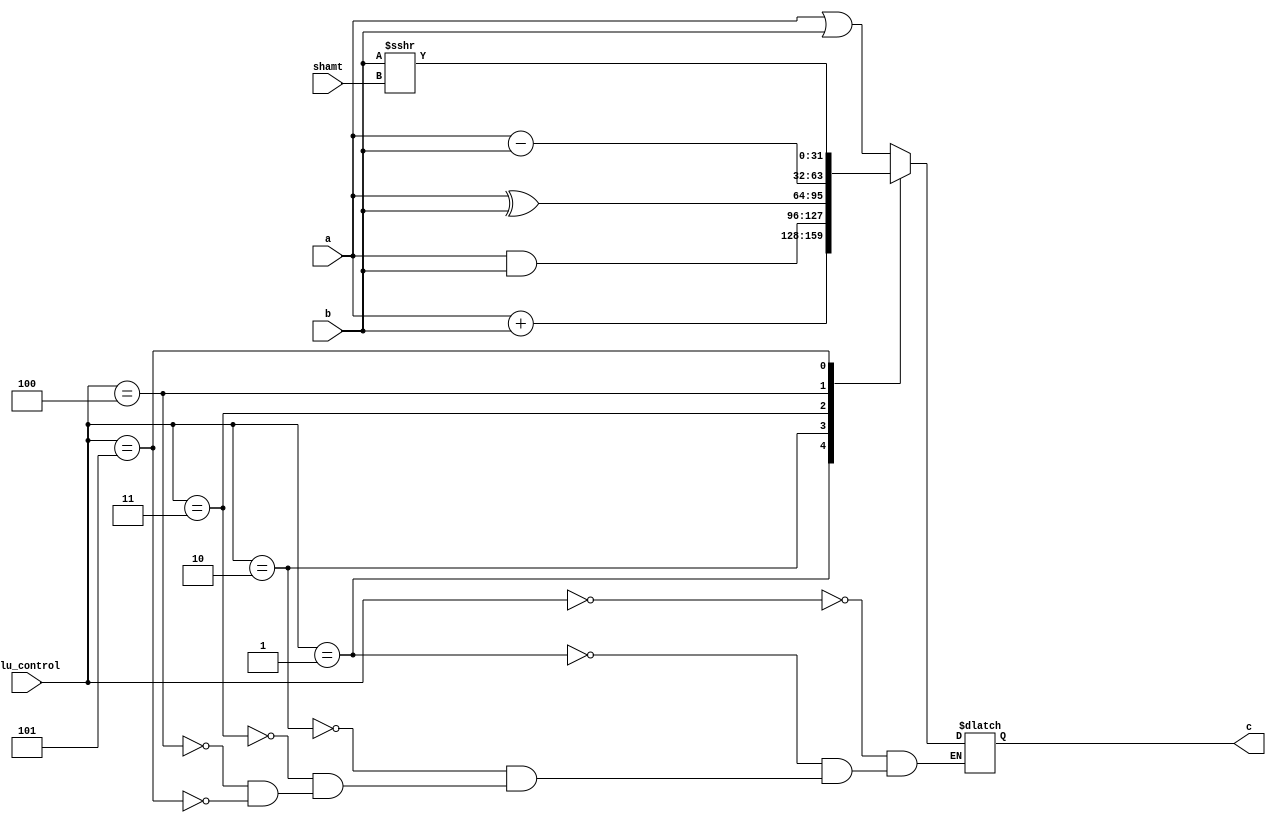
module obsidian_alu (c, a, b, alu_control, shamt);

  output [31:0] c;
  input [31:0] a, b;
  input [2:0] alu_control;
  input [4:0] shamt;
  
  reg [31:0] c;
  wire [31:0] a, b;
  wire [2:0]alu_control;
  wire [4:0] shamt;

  always @ (a, b, alu_control) begin
    case (alu_control)
      3'b000: begin
        c = a | b;
      end
      3'b001: begin
        c = a + b;
      end
      3'b010: begin
        c = a & b;
      end 
      3'b011: begin
        c = a ^ b;
      end 
      3'b100: begin
        c = a - b;
      end
      3'b101: begin
        c = b >>> shamt;
      end
    endcase
  end

endmodule